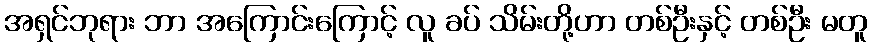
အရှင်ဘုရား ဘာ အကြောင်းကြောင့် လူ ခပ် သိမ်းတို့ဟာ တစ်ဦးနှင့် တစ်ဦး မတူ